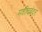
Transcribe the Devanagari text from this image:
मशीदबंदर